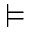
\vDash